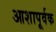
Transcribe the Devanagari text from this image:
आशापूर्वक